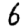
Digit: 6